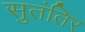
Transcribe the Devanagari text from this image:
सुतंतिर